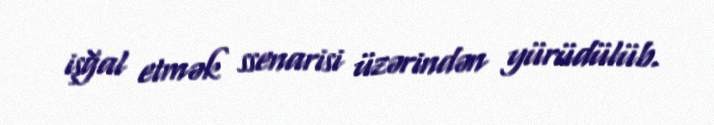
işğal etmək ssenarisi üzərindən yürüdülüb.